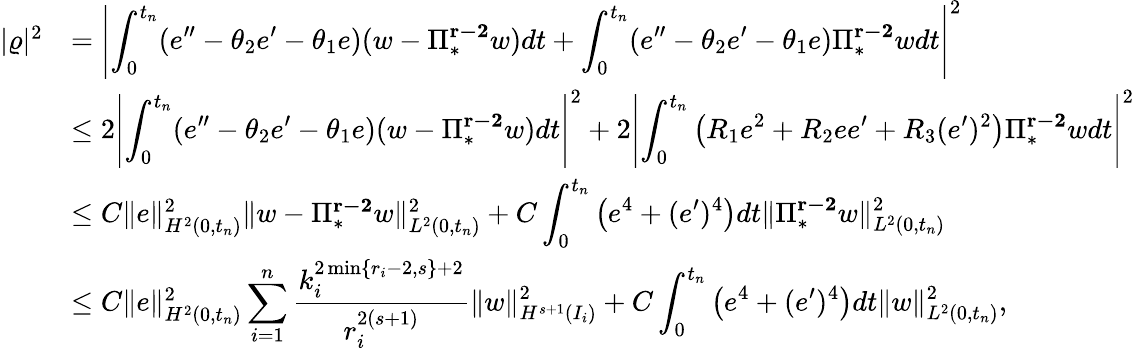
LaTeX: \begin{array}{r}{\begin{array}{lll}{|\varrho|^{2}}&{=\left|\displaystyle\int_{0}^{t_{n}}(e^{\prime\prime}-\theta_{2}e^{\prime}-\theta_{1}e)(w-\Pi_{*}^{\mathbf{r-2}}w)dt+\displaystyle\int_{0}^{t_{n}}(e^{\prime\prime}-\theta_{2}e^{\prime}-\theta_{1}e)\Pi_{*}^{\mathbf{r-2}}wdt\right|^{2}}\\ &{\le 2\left|\displaystyle\int_{0}^{t_{n}}(e^{\prime\prime}-\theta_{2}e^{\prime}-\theta_{1}e)(w-\Pi_{*}^{\mathbf{r-2}}w)dt\right|^{2}+2\left|\displaystyle\int_{0}^{t_{n}}\left(R_{1}e^{2}+R_{2}ee^{\prime}+R_{3}(e^{\prime})^{2}\right)\Pi_{*}^{\mathbf{r-2}}wdt\right|^{2}}\\ &{\le C\| e\| _{H^{2}(0,t_{n})}^{2}\| w-\Pi_{*}^{\mathbf{r-2}}w\| _{L^{2}(0,t_{n})}^{2}+C\displaystyle\int_{0}^{t_{n}}\left(e^{4}+(e^{\prime})^{4}\right)dt\| \Pi_{*}^{\mathbf{r-2}}w\| _{L^{2}(0,t_{n})}^{2}}\\ &{\le C\| e\| _{H^{2}(0,t_{n})}^{2}\displaystyle\sum_{i=1}^{n}\frac{k_{i}^{2\operatorname*{min}\{ r_{i}-2,s\} +2}}{r_{i}^{2(s+1)}}\| w\| _{H^{s+1}(I_{i})}^{2}+C\displaystyle\int_{0}^{t_{n}}\left(e^{4}+(e^{\prime})^{4}\right)dt\| w\| _{L^{2}(0,t_{n})}^{2},}\end{array}}\end{array}